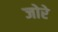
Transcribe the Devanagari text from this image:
जोरे